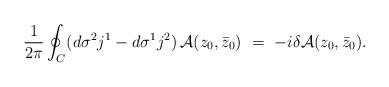
LaTeX: \begin{align*}\frac{1}{2\pi}\oint_C (d\sigma^2 j^1 - d\sigma^1 j^2)\,{\cal A}(z_0,\bar z_0)\ =\ - i\delta {\cal A}(z_0,\bar z_0).\end{align*}